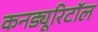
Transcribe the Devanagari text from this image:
कनड्यूरिटॉल